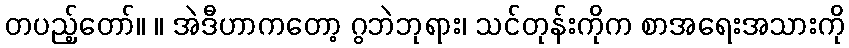
တပည့်တော်။ ။ အဲဒီဟာကတော့ ဂွဘဲဘုရား၊ သင်တုန်းကိုက စာအရေးအသားကို